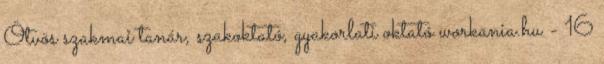
Ötvös szakmai tanár, szakoktató, gyakorlati oktató workania.hu - 16